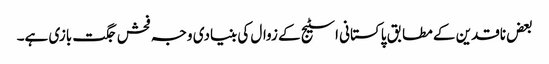
بعض ناقدین کے مطابق پاکستانی اسٹیج کے زوال کی بنیادی وجہ فحش جگت بازی ہے۔